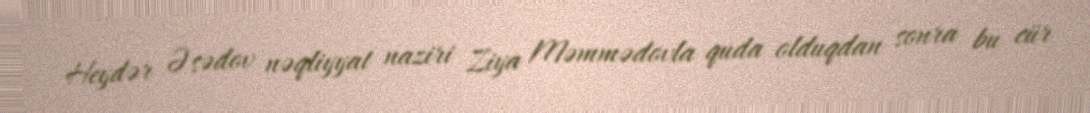
Heydər Əsədov nəqliyyat naziri Ziya Məmmədovla quda olduqdan sonra bu cür